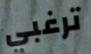
ترغبي